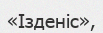
«Ізденіс»,